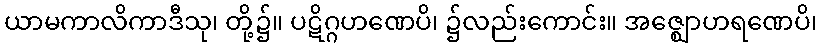
ယာမကာလိကာဒီသု၊ တို့၌။ ပဋိဂ္ဂဟဏေပိ၊ ၌လည်းကောင်း။ အဇ္ဈောဟရဏေပိ၊